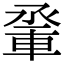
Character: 𨋬